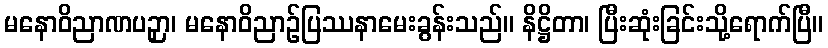
မနောဝိညာဏပဉှာ၊ မနောဝိညာဉ်ပြဿနာမေးခွန်းသည်။ နိဋ္ဌိတာ၊ ပြီးဆုံးခြင်းသို့ရောက်ပြီ။